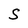
Character: S